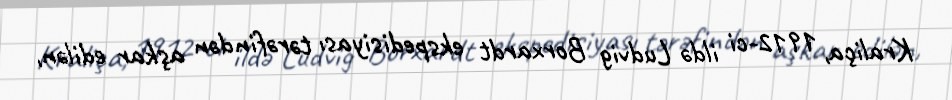
Kraliça, 1912-ci ildə Ludvig Borxardt ekspedisiyası tərəfindən aşkar edilən,